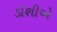
ડોશીએ